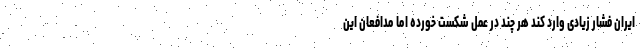
ایران فشار زیادی وارد کند هر چند در عمل شکست خورده اما مدافعان این